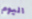
اليوم